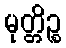
မုတ္တိဉ္စ